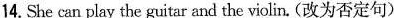
14. She can play the guitar and the violin. ( 改为否定句 )